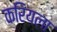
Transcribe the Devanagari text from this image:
करियला